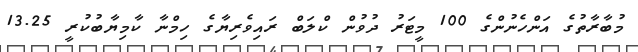
މުބާރާތުގެ އަންހެނުންގެ 100 މީޓަރު ދުވުން ކްލަބް ރައިވެރިޔާގެ ހިމްނާ ކާމިޔާބުކުރީ 13.25